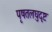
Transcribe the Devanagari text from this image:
पृषतलघुदृष्टः